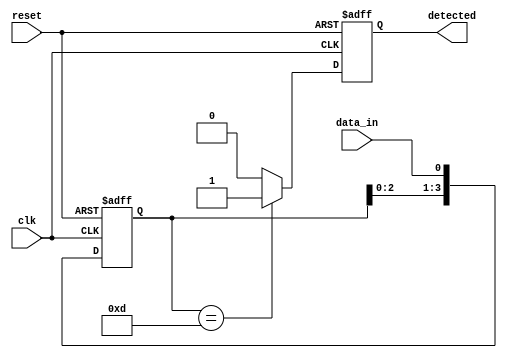
module pattern_detector #(
    parameter PATTERN_LENGTH = 4, // Length of the pattern
    parameter PATTERN = 4'b1101    // The pattern to detect (example: "1101")
)(
    input wire clk,                // Clock signal
    input wire reset,              // Reset signal
    input wire data_in,            // Input data signal
    output reg detected            // Output signal indicating detection of the pattern
);

    // Shift register to store the incoming data
    reg [PATTERN_LENGTH-1:0] shift_reg;

    always @(posedge clk or posedge reset) begin
        if (reset) begin
            shift_reg <= 0;          // Clear shift register on reset
            detected <= 0;           // Clear detected signal on reset
        end else begin
            // Shift the data in
            shift_reg <= {shift_reg[PATTERN_LENGTH-2:0], data_in};
            
            // Compare with the predefined pattern
            if (shift_reg == PATTERN) begin
                detected <= 1;        // Pattern matched
            end else begin
                detected <= 0;        // Pattern not matched
            end
        end
    end

endmodule